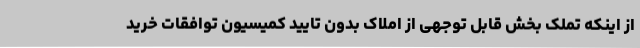
از اینکه تملک بخش قابل توجهی از املاک بدون تایید کمیسیون توافقات خرید